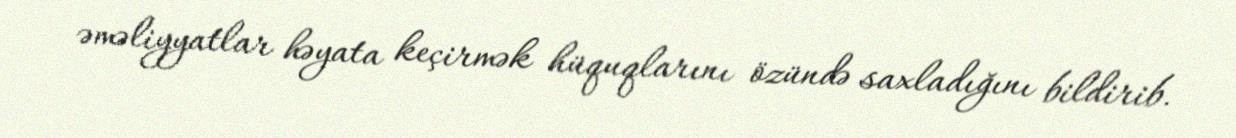
əməliyyatlar həyata keçirmək hüquqlarını özündə saxladığını bildirib.